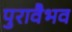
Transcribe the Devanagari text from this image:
पुरावैभव